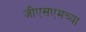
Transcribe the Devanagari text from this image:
जीएसएमच्या